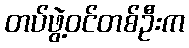
တပ်ဖွဲ့ဝင်တစ်ဦးက